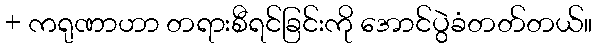
+ ကရုဏာဟာ တရားစီရင်ခြင်းကို အောင်ပွဲခံတတ်တယ်။